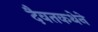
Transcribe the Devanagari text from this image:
दैवतकथेने